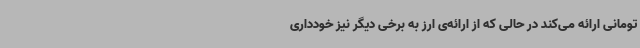
تومانی ارائه می‌کند در حالی که از ارائه‌ی ارز به برخی دیگر نیز خودداری